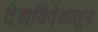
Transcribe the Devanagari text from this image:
देशविदेशातून